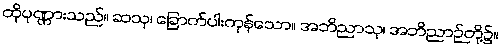
ထိုပုဏ္ဏားသည်။ ဆသု၊ ခြောက်ပါးကုန်သော။ အဘိညာသု၊ အဘိညာဉ်တို့၌။